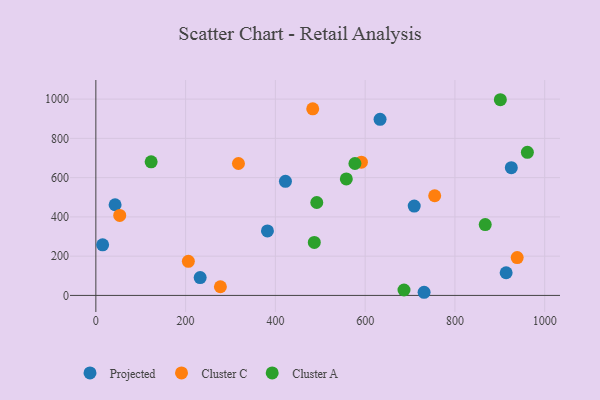
{"axis": {"x": "Ad Spend", "y": "Rating"}, "legend": ["Cluster A", "Cluster C", "Projected"], "data": [{"x": "914.1", "y": 115.4, "type": "Projected"}, {"x": "232.4", "y": 91.1, "type": "Projected"}, {"x": "925.6", "y": 650.9, "type": "Projected"}, {"x": "633.2", "y": 896.8, "type": "Projected"}, {"x": "422.4", "y": 581.1, "type": "Projected"}, {"x": "15.1", "y": 257.7, "type": "Projected"}, {"x": "731.3", "y": 16.0, "type": "Projected"}, {"x": "42.9", "y": 461.9, "type": "Projected"}, {"x": "709.3", "y": 454.9, "type": "Projected"}, {"x": "382.3", "y": 328.4, "type": "Projected"}, {"x": "53.2", "y": 407.3, "type": "Cluster C"}, {"x": "317.7", "y": 672.1, "type": "Cluster C"}, {"x": "483.2", "y": 950.3, "type": "Cluster C"}, {"x": "754.9", "y": 507.6, "type": "Cluster C"}, {"x": "938.7", "y": 192.8, "type": "Cluster C"}, {"x": "206.1", "y": 173.7, "type": "Cluster C"}, {"x": "591.6", "y": 678.9, "type": "Cluster C"}, {"x": "277.5", "y": 44.1, "type": "Cluster C"}, {"x": "686.5", "y": 27.5, "type": "Cluster A"}, {"x": "901.2", "y": 996.9, "type": "Cluster A"}, {"x": "123.2", "y": 680.8, "type": "Cluster A"}, {"x": "577.2", "y": 672.0, "type": "Cluster A"}, {"x": "558.0", "y": 593.3, "type": "Cluster A"}, {"x": "867.5", "y": 361.1, "type": "Cluster A"}, {"x": "492.2", "y": 473.3, "type": "Cluster A"}, {"x": "961.4", "y": 729.0, "type": "Cluster A"}, {"x": "486.7", "y": 269.8, "type": "Cluster A"}]}